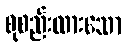
စုစည်းထားသော